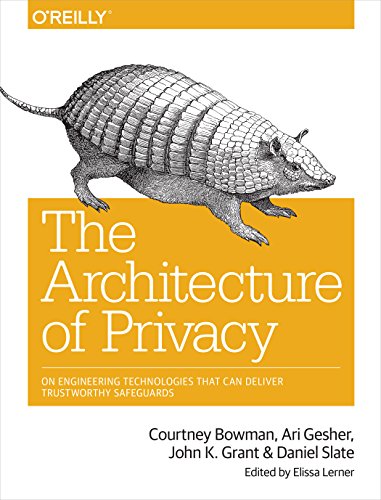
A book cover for The Architecture of Privacy: On Engineering Technologies that Can Deliver Trustworthy Safeguards; Courtney Bowman; Computers & Technology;